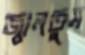
জ্বালতুম